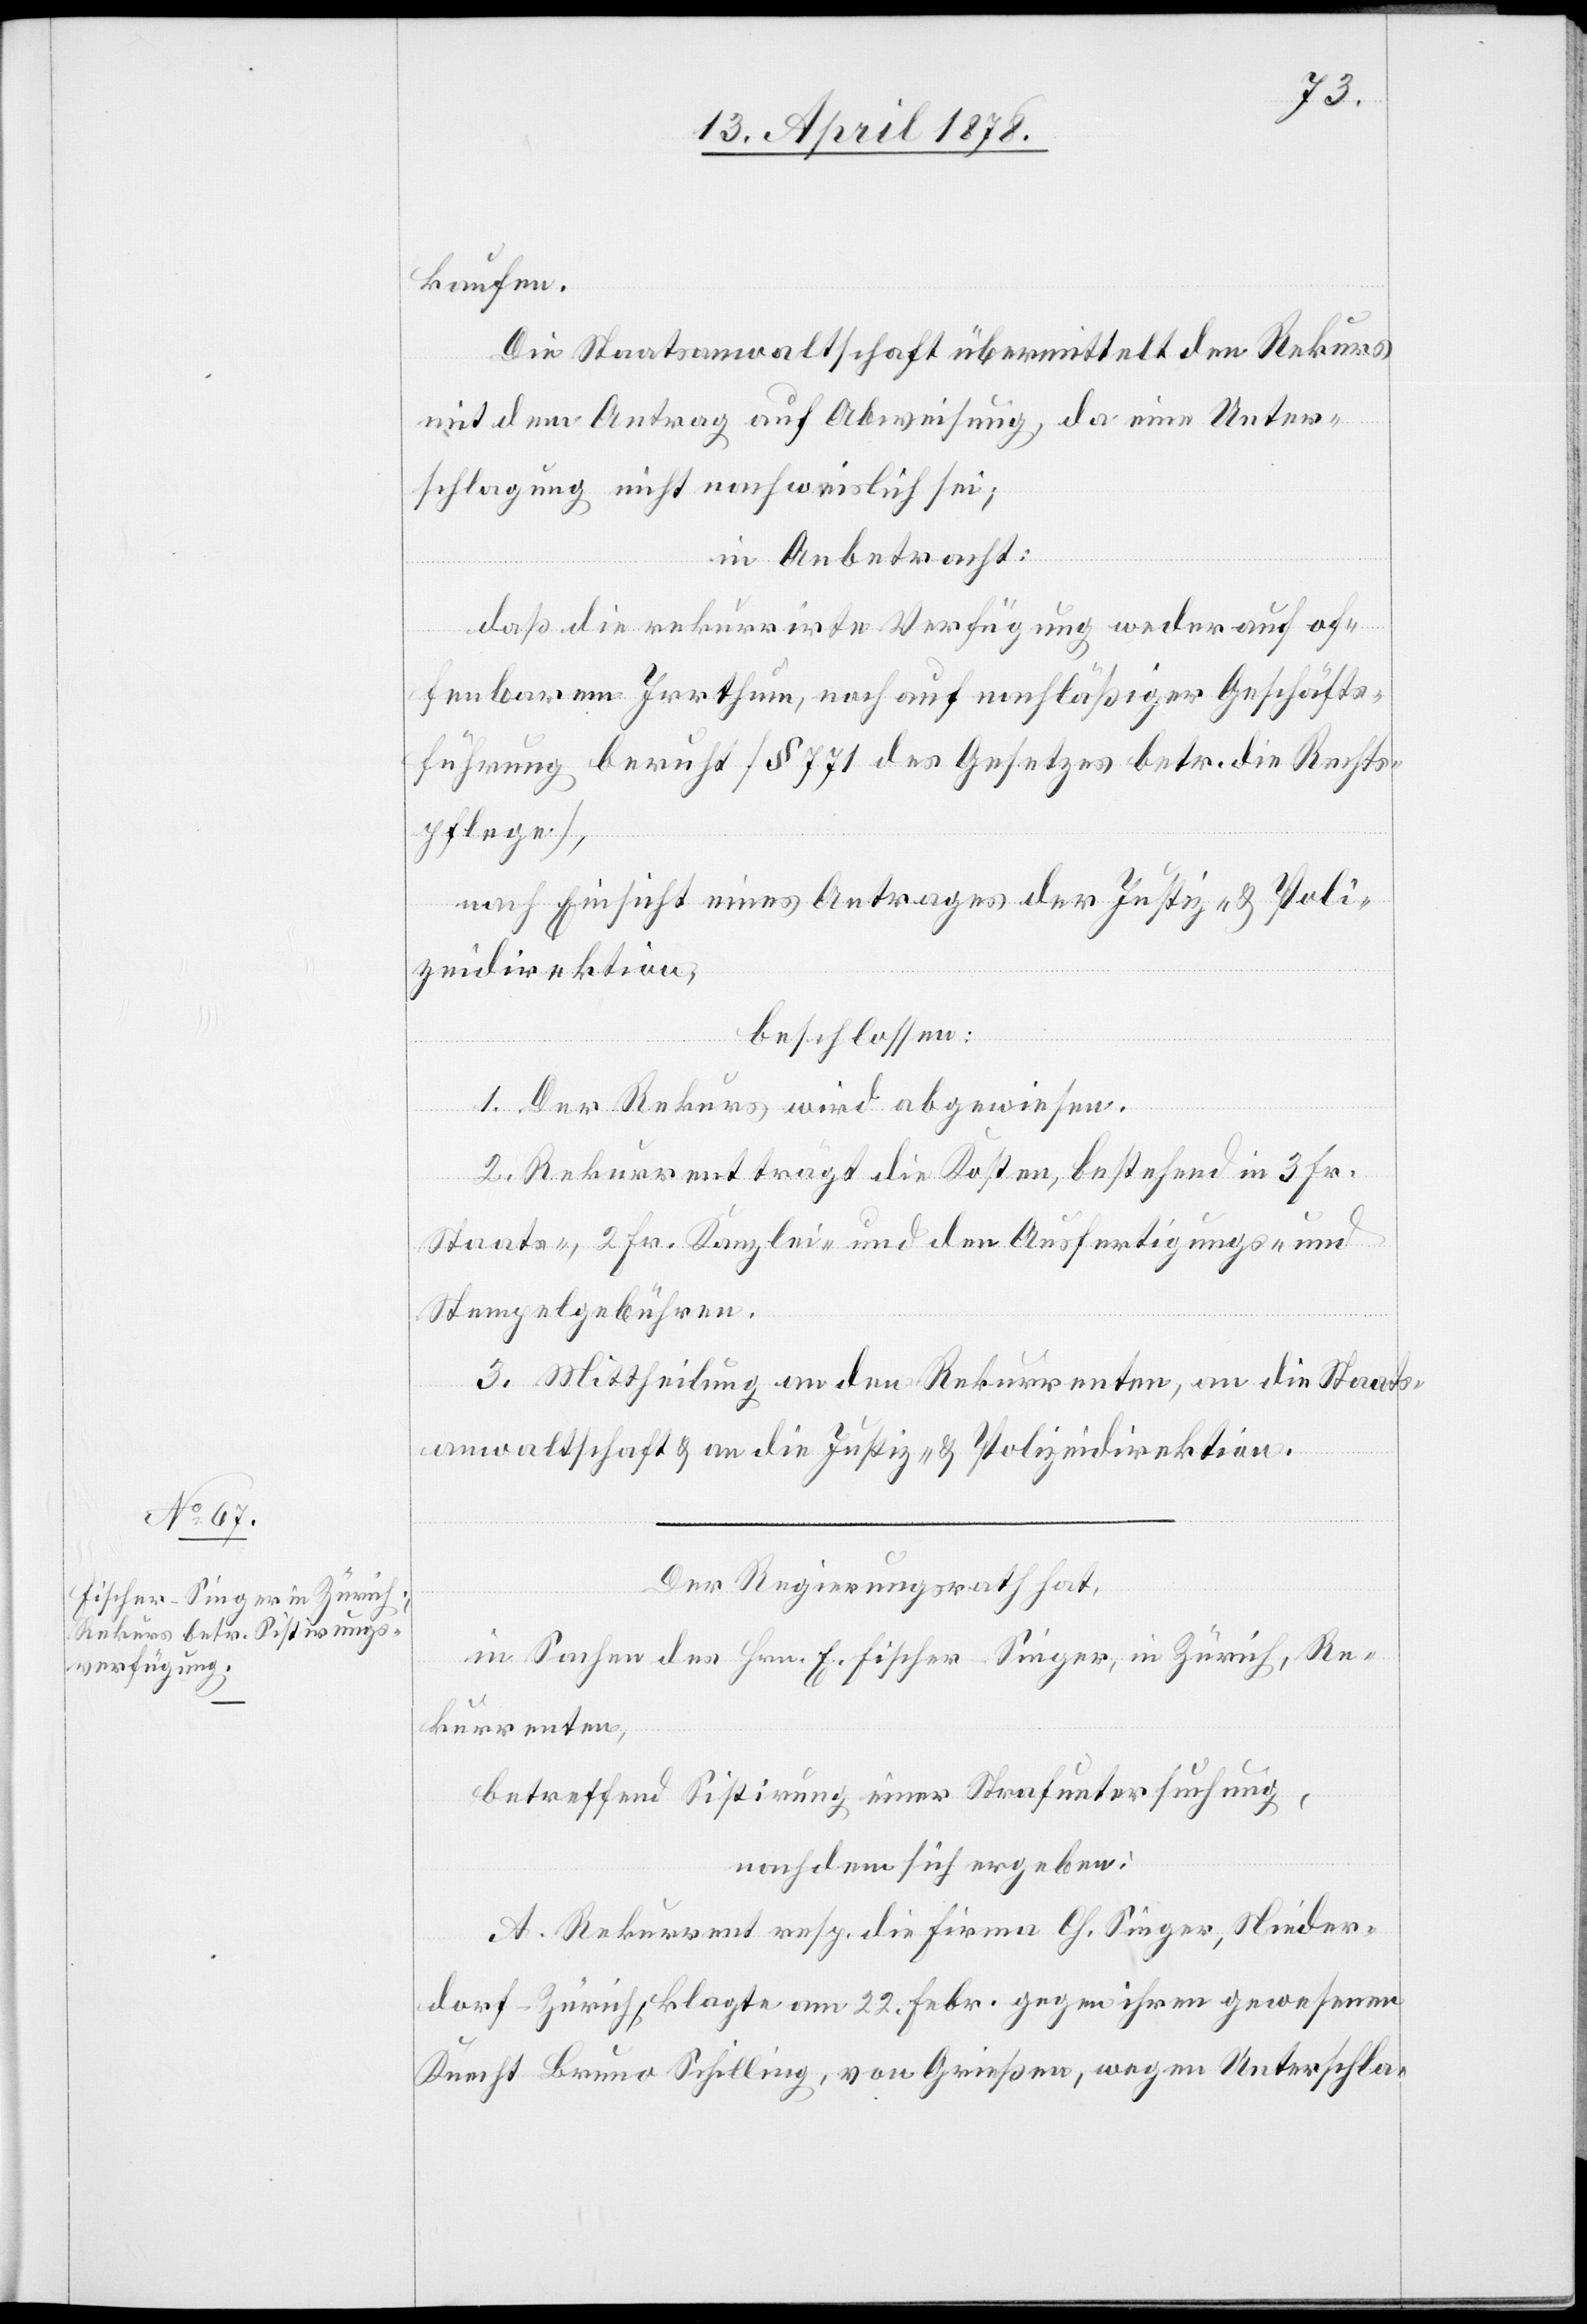
kaufen.
Die Staatsanwaltschaft übermittelt den Rekurs
mit dem Antrag auf Abweisung, da eine Unter¬
schlagung nicht nachweislich sei;
in Anbetracht:
daß die rekurrirte Verfügung weder auf of¬
fenbarem Irrthum, noch auf nachlässiger Geschäfts¬
führung beruht (§ 771 des Gesetzes betr. die Rechts¬
pflege),
nach Einsicht eines Antrages der Justiz- & Poli¬
zeidirektion,
beschlossen:
1. Der Rekurs wird abgewiesen.
2. Rekurrent trägt die Kosten, bestehend in 3 Fr.
Staats-, 2 Fr. Kanzlei- und den Ausfertigungs- und
Stempelgebühren.
3. Mittheilung an den Rekurrenten, an die Staats¬
anwaltschaft & an die Justiz- & Polizeidirektion.
Der Regierungsrath hat,
in Sachen des Hrn. E. Fischer-Singer, in Zürich, Re¬
kurrenten,
betreffend Sistirung einer Strafuntersuchung,
nachdem sich ergeben:
A. Rekurrent resp. die Firma Ch. Singer, Nieder¬
dorf-Zürich, klagte am 22. Febr. gegen ihren gewesenen
Knecht Bruno Schilling, von Grießen, wegen Unterschla-